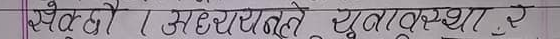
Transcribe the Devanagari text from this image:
खेत हो। अधेड़ अवस्था युवावस्था रे